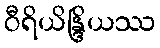
ဝီရိယိန္ဒြိယဿ